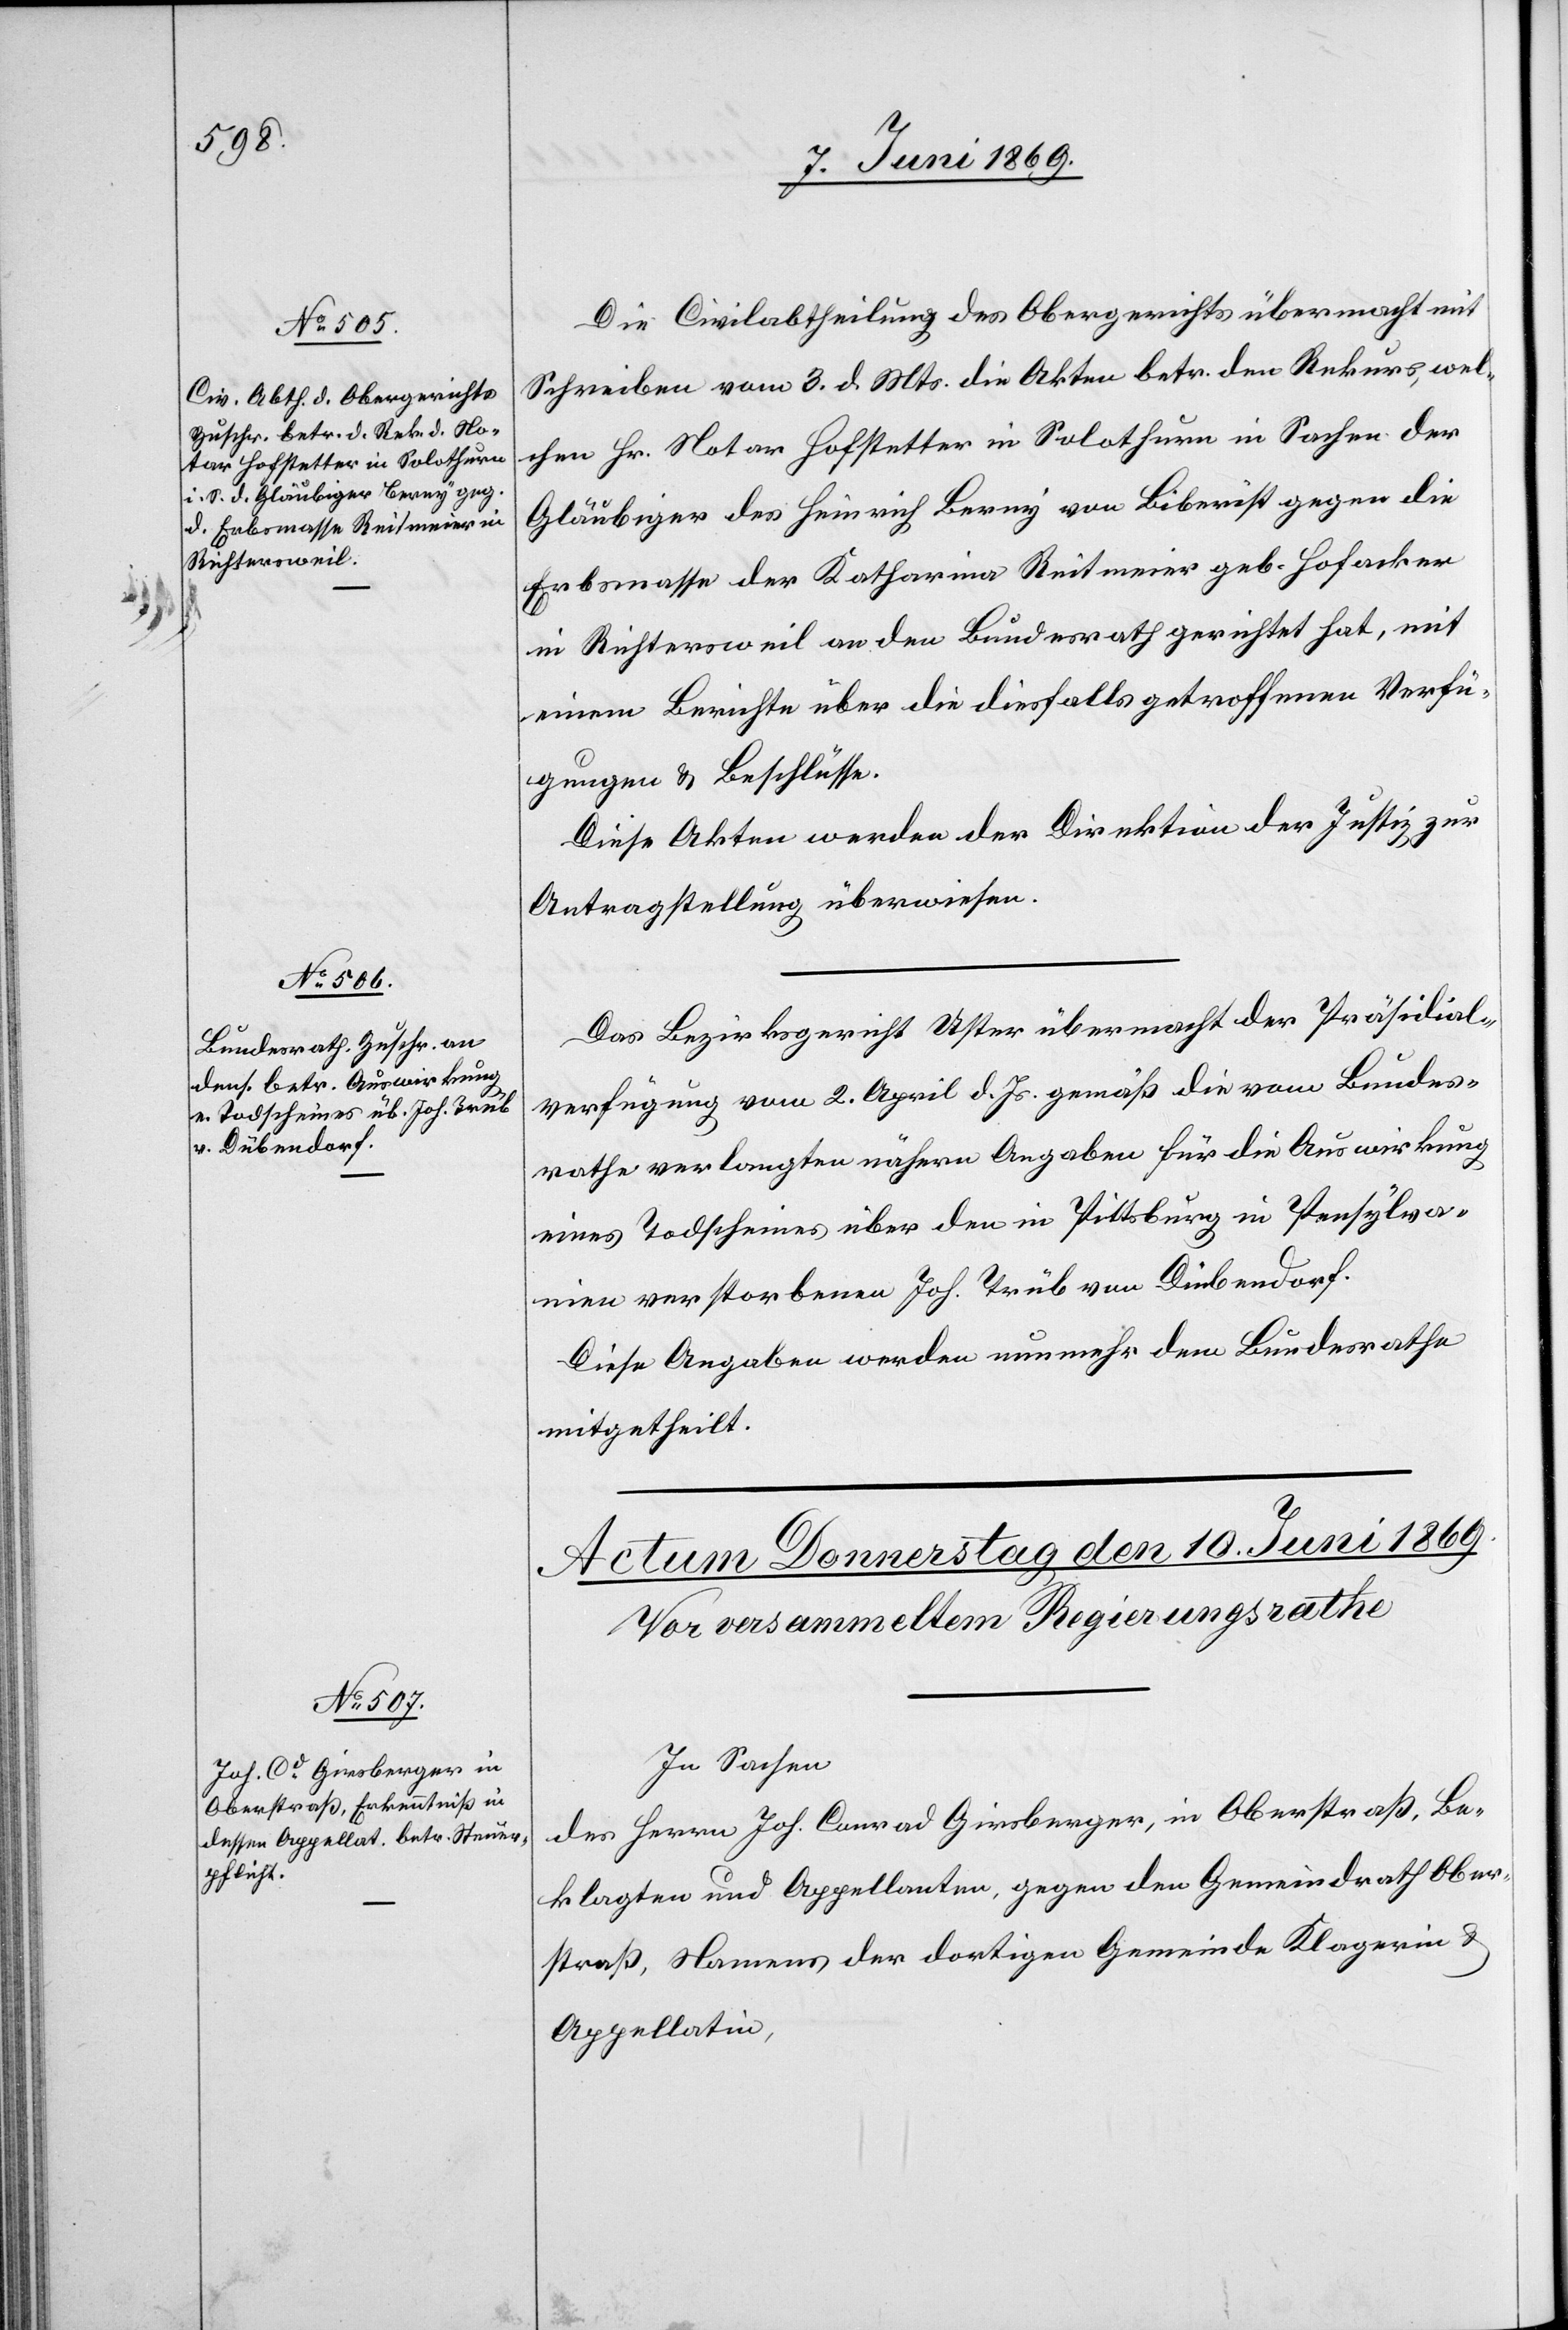
9. Juni 1869.]
Die Civilabtheilung des Obergerichts übermacht mit
Schreiben vom 3. d. Mts. die Akten betr. den Rekurs, wel¬
chen Hr. Notar Hofstetter in Solothurn in Sachen der
Gläubiger des Heinrich Berey von Biberist gegen die
Erbsmasse der Katharina Reitmeier geb. Hofacker
in Richtersweil an den Bundesrath gerichtet hat, mit
einem Berichte über die diesfalls getroffenen Verfü¬
gungen u. Beschlüsse.
Diese Akten werden der Direktion der Justiz zur
Antragstellung überwiesen.
Das Bezirksgericht Uster übermacht der Präsidial¬
verfügung vom 2. April d. Js. gemäß die vom Bundes¬
rathe verlangten nähern Angaben für die Auswirkung
eines Todscheines über den in Pittsburg in Pensylva¬
nien verstorbenen Joh. Trüb von Dübendorf.
Diese Angaben werden nunmehr dem Bundesrathe
mitgetheilt.
In Sachen
des Herrn Joh. Conrad Girsberger, in Oberstraß, Be¬
klagten und Appellanten, gegen den Gemeindrath Ober¬
straß, Namens der dortigen Gemeinde Klägerin u.
Appellatin,